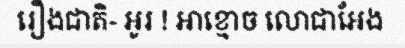
រឿងជាតិ- អូរ ! អាខ្មោច លោជាអែង